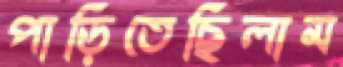
পাড়িতেছিলাম